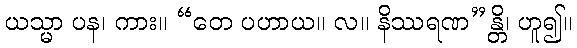
ယသ္မာ ပန၊ ကား။ “တေ ပဟာယ။ လ။ နိဿရဏ”န္တိ၊ ဟူ၍။